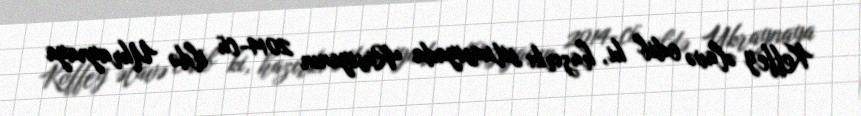
Koffey əlavə edib ki, hazırkı situasiyada Rusiyanın 2014-cü ildə Ukraynaya